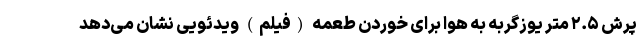
پرش ۲.۵ متر یوزگربه به هوا برای خوردن طعمه (فیلم) ویدئویی نشان می‌دهد